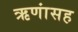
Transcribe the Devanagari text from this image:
ऋणांसह